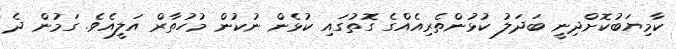
ކާމިޔަބުކޮށްދިނީ ބަދަލު ކުޅުންތެރިއެއްގެ ގޮތުގައި ކުޅެން ނުކުން މުހުތާރް އަލީއެވެ. ގަމުން ދެ